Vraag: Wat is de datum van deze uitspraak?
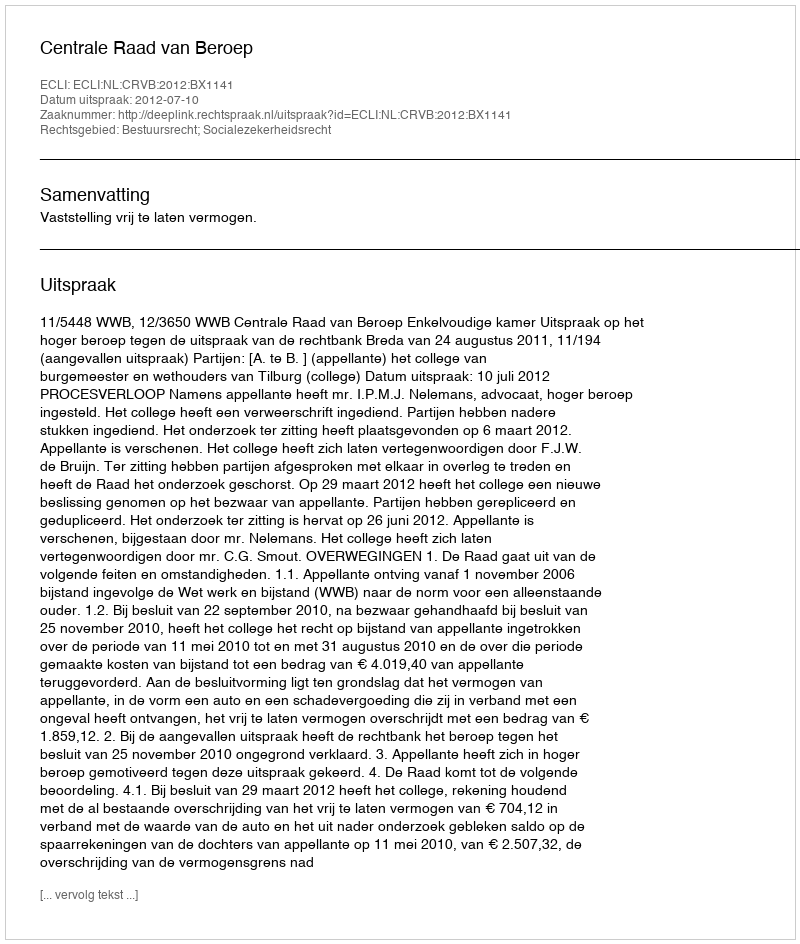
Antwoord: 2012-07-10